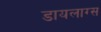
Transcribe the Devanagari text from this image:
डायलाग्स